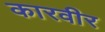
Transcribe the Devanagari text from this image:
कारवीर